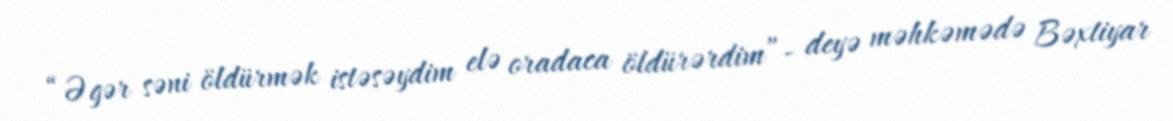
“Əgər səni öldürmək istəsəydim elə oradaca öldürərdim”- deyə məhkəmədə Bəxtiyar